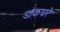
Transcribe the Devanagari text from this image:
डाकघरे